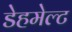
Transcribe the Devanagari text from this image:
डेहमेल्ट